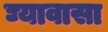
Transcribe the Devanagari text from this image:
घ्यावासा